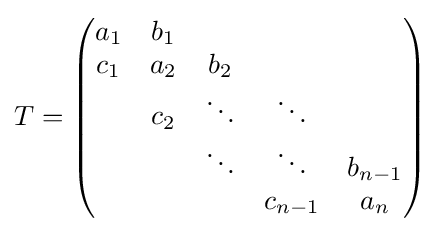
T={\begin{pmatrix}a_{1}&b_{1}\\c_{1}&a_{2}&b_{2}\\&c_{2}&\ddots &\ddots \\&&\ddots &\ddots &b_{n-1}\\&&&c_{n-1}&a_{n}\end{pmatrix}}